Indian journal of veterinary science and animal husbandry - Volumes 18-21, 1948-1951
Year: 1948
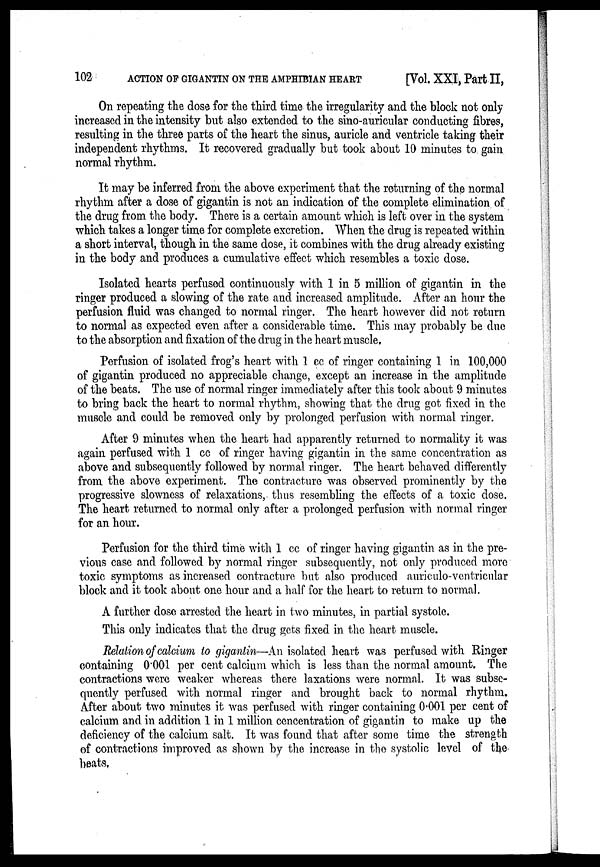
102
ACTION OF GIGANTIN ON THE AMPHIBIAN HEART
[Vol. XXI, Part II,
On repeating the dose for the third time the irregularity and the block not only
increased in the intensity but also extended to the sino-auricular conducting fibres,
resulting in the three parts of the heart the sinus, auricle and ventricle taking their
independent rhythms. It recovered gradually but took about 10 minutes to gain
normal rhythm.
It may be inferred from the above experiment that the returning of the normal
rhythm after a dose of gigantin is not an indication of the complete elimination of
the drug from the body. There is a certain amount which is left over in the system
which takes a longer time for complete excretion. When the drug is repeated within
a short interval, though in the same dose, it combines with the drug already existing
in the body and produces a cumulative effect which resembles a toxic dose.
Isolated hearts perfused continuously with 1 in 5 million of gigantin in the
ringer produced a slowing of the rate and increased amplitude. After an hour the
perfusion fluid was changed to normal ringer. The heart however did not return
to normal as expected even after a considerable time. This may probably be due
to the absorption and fixation of the drug in the heart muscle.
Perfusion of isolated frog's heart with 1 cc of ringer containing 1 in 100,000
of gigantin produced no appreciable change, except an increase in the amplitude
of the beats. The use of normal ringer immediately after this took about 9 minutes
to bring back the heart to normal rhythm, showing that the drug got fixed in the
muscle and could be removed only by prolonged perfusion with normal ringer.
After 9 minutes when the heart had apparently returned to normality it was
again perfused with 1 cc of ringer having gigantin in the same concentration as
above and subsequently followed by normal ringer. The heart behaved differently
from the above experiment. The contracture was observed prominently by the
progressive slowness of relaxations, thus resembling the effects of a toxic dose.
The heart returned to normal only after a prolonged perfusion with normal ringer
for an hour.
Perfusion for the third time with 1 cc of ringer having gigantin as in the pre-
vious case and followed by normal ringer subsequently, not only produced more
toxic symptoms as increased contracture but also produced auriculo-ventricular
block and it took about one hour and a half for the heart to return to normal.
A further dose arrested the heart in two minutes, in partial systole.
This only indicates that the drug gets fixed in the heart muscle.
Relation of calcium to gigantin—An isolated heart was perfused with Ringer
containing 0.001 per cent calcium which is less than the normal amount. The
contractions were weaker whereas there taxations were normal. It was subse-
quently perfused with normal ringer and brought back to normal rhythm.
After about two minutes it was perfused with ringer containing 0.001 per cent of
calcium and in. addition 1 in 1 million cencentration of gigantin to make up the
deficiency of the calcium salt. It was found that after some time the strength
of contractions improved as shown by the increase in the systolic level of the
beats,